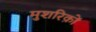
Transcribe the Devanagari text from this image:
मुशरिक़ों